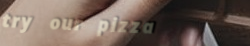
try our pizza